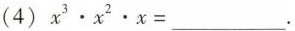
(4)$$x ^ { 3 } \cdot x ^ { 2 } \cdot x =$$___.